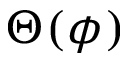
\Theta ( \phi )